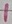
Text: 1